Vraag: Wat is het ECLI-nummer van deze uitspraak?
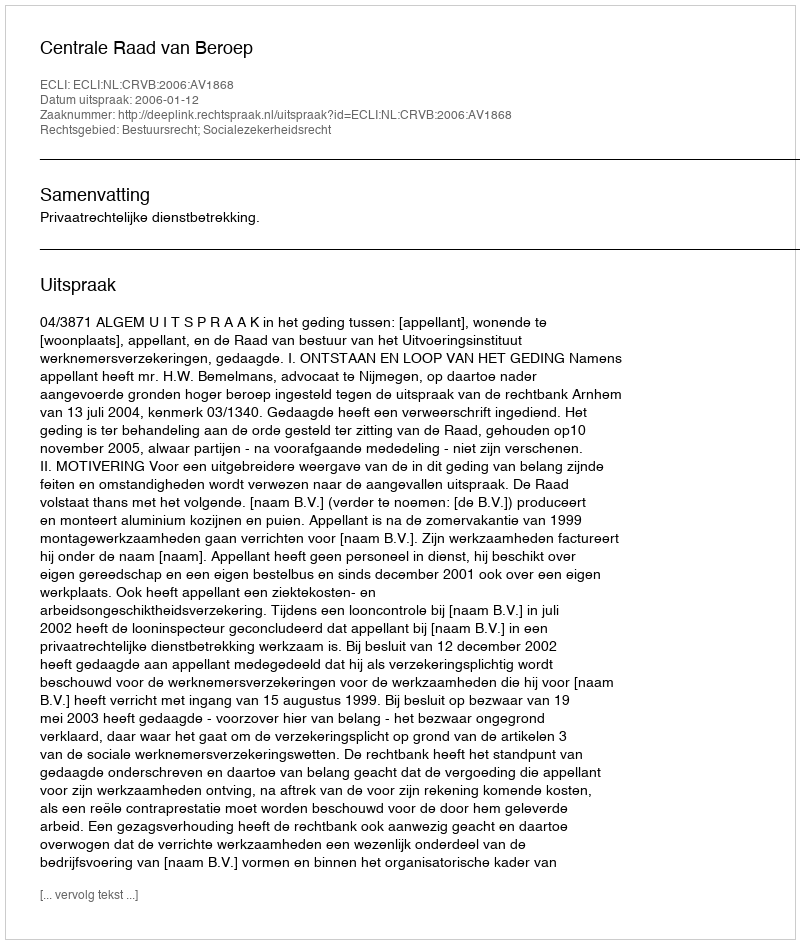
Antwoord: ECLI:NL:CRVB:2006:AV1868